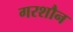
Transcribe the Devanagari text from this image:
गरशौन